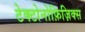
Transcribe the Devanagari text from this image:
टेक्टोनोफ़िज़िक्स